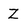
Character: Z